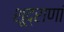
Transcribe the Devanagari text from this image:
शूद्राणां